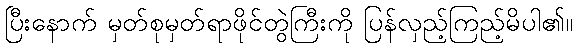
ပြီးနောက် မှတ်စုမှတ်ရာဖိုင်တွဲကြီးကို ပြန်လှည့်ကြည့်မိပါ၏။